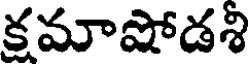
కమాషోడశి